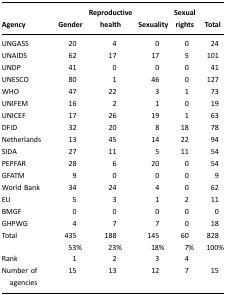
| Agency | Gender | Reproductive health | Sexuality | Sexual rights | Total |
 | --- | --- | --- | --- | --- | --- |
 | UNGASS | 20 | 4 | 0 | 0 | 24 |
 | UNAIDS | 62 | 17 | 17 | 5 | 101 |
 | UNDP | 41 | 0 | 0 | 0 | 41 |
 | UNESCO | 80 | 1 | 46 | 0 | 127 |
 | WHO | 47 | 22 | 3 | 1 | 73 |
 | UNIFEM | 16 | 2 | 1 | 0 | 19 |
 | UNICEF | 17 | 26 | 19 | 1 | 63 |
 | DFID | 32 | 20 | 8 | 18 | 78 |
 | Netherlands | 13 | 45 | 14 | 22 | 94 |
 | SIDA | 27 | 11 | 5 | 11 | 54 |
 | PEPFAR | 28 | 6 | 20 | 0 | 54 |
 | GFATM | 9 | 0 | 0 | 0 | 9 |
 | World Bank | 34 | 24 | 4 | 0 | 62 |
 | EU | 5 | 3 | 1 | 2 | 11 |
 | BMGF | 0 | 0 | 0 | 0 | 0 |
 | GHPWG | 4 | 7 | 7 | 0 | 18 |
 | Total | 435 | 188 | 145 | 60 | 828 |
 |  | 53% | 23% | 18% | 7% | 100% |
 | Rank | 1 | 2 | 3 | 4 |  |
 | Number of agencies | 15 | 13 | 12 | 7 | 15 |